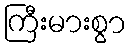
ကြီးမားစွာ